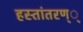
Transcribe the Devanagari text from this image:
हस्तांतरण््